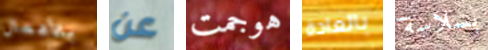
بالأعمال عن هوجمت بالعادة بسلاسة